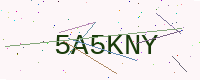
Text: 5A5KNY